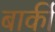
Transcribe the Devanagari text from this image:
बाकीं